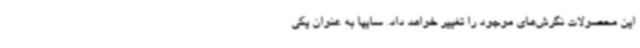
این محصولات نگرش‌های موجود را تغییر خواهد داد. سایپا به عنوان یکی